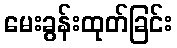
မေးခွန်းထုတ်ခြင်း